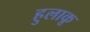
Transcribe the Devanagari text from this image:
हुलाकू